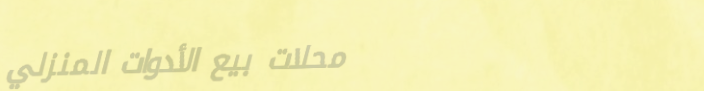
محلات بيع الأدوات المنزلي